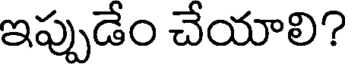
ఇప్పుడేం చేయాలి?